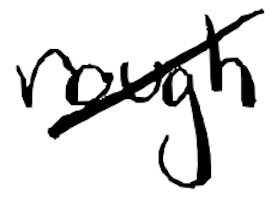
Text: rough
Cross-out: diagonal
Writing tool: digital_black